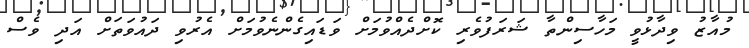
މުއާޒު ވިދާޅުވީ މަހާސިންތާ ޝަރަފުވެރި ކޮށްދެއްވުމަށް ވަޑައިގެންނެވުމަށް އެރުވި ދައުވަތަށް އަދި ވެސް